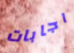
اجابات